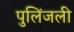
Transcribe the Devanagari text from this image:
पुलिंजली